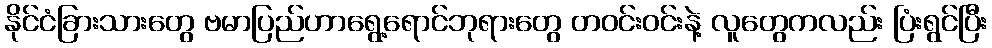
နိုင်ငံခြားသားတွေ ဗမာပြည်ဟာရွေ့ရောင်ဘုရားတွေ တဝင်းဝင်းနဲ့ လူတွေကလည်း ပြံးရွင်ပြီး